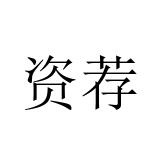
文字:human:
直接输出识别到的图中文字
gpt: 资荐